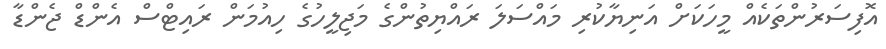
އޮފިސަރުންތަކެއް މީހަކަށް އަނިޔާކުރި މައްސަލަ ރައްޔިތުންގެ މަޖިލީހުގެ ހިއުމަން ރައިޓްސް އެންޑް ޖެންޑާ